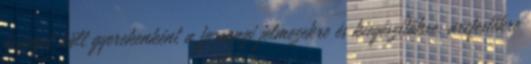
összeget költ gyerekenként a farsangi jelmezekre és kiegészítőkre, arcfestékre